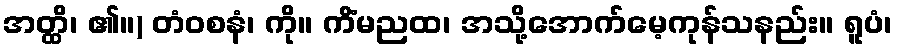
အတ္ထိ၊ ၏။) တံဝစနံ၊ ကို။ ကိံမညထ၊ အသို့အောက်မေ့ကုန်သနည်း။ ရူပံ၊